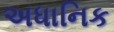
અધાનિક